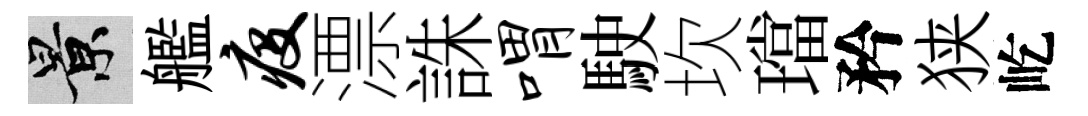
景艦疫漂誅喟駛坎璫矜狭屹